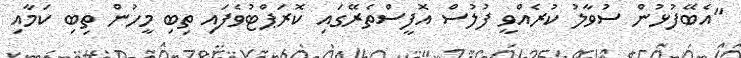
"އެބޭފުޅުން ސުވާލު ކުރެއްވީ ފުލުސް އޮފީސްތެރޭގައި ކޮރަޕްޓުވެފައި ތިބި މީހުން ތިބި ކަމާއި